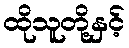
ထိုသူတို့နှင့်